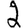
Digit: 2